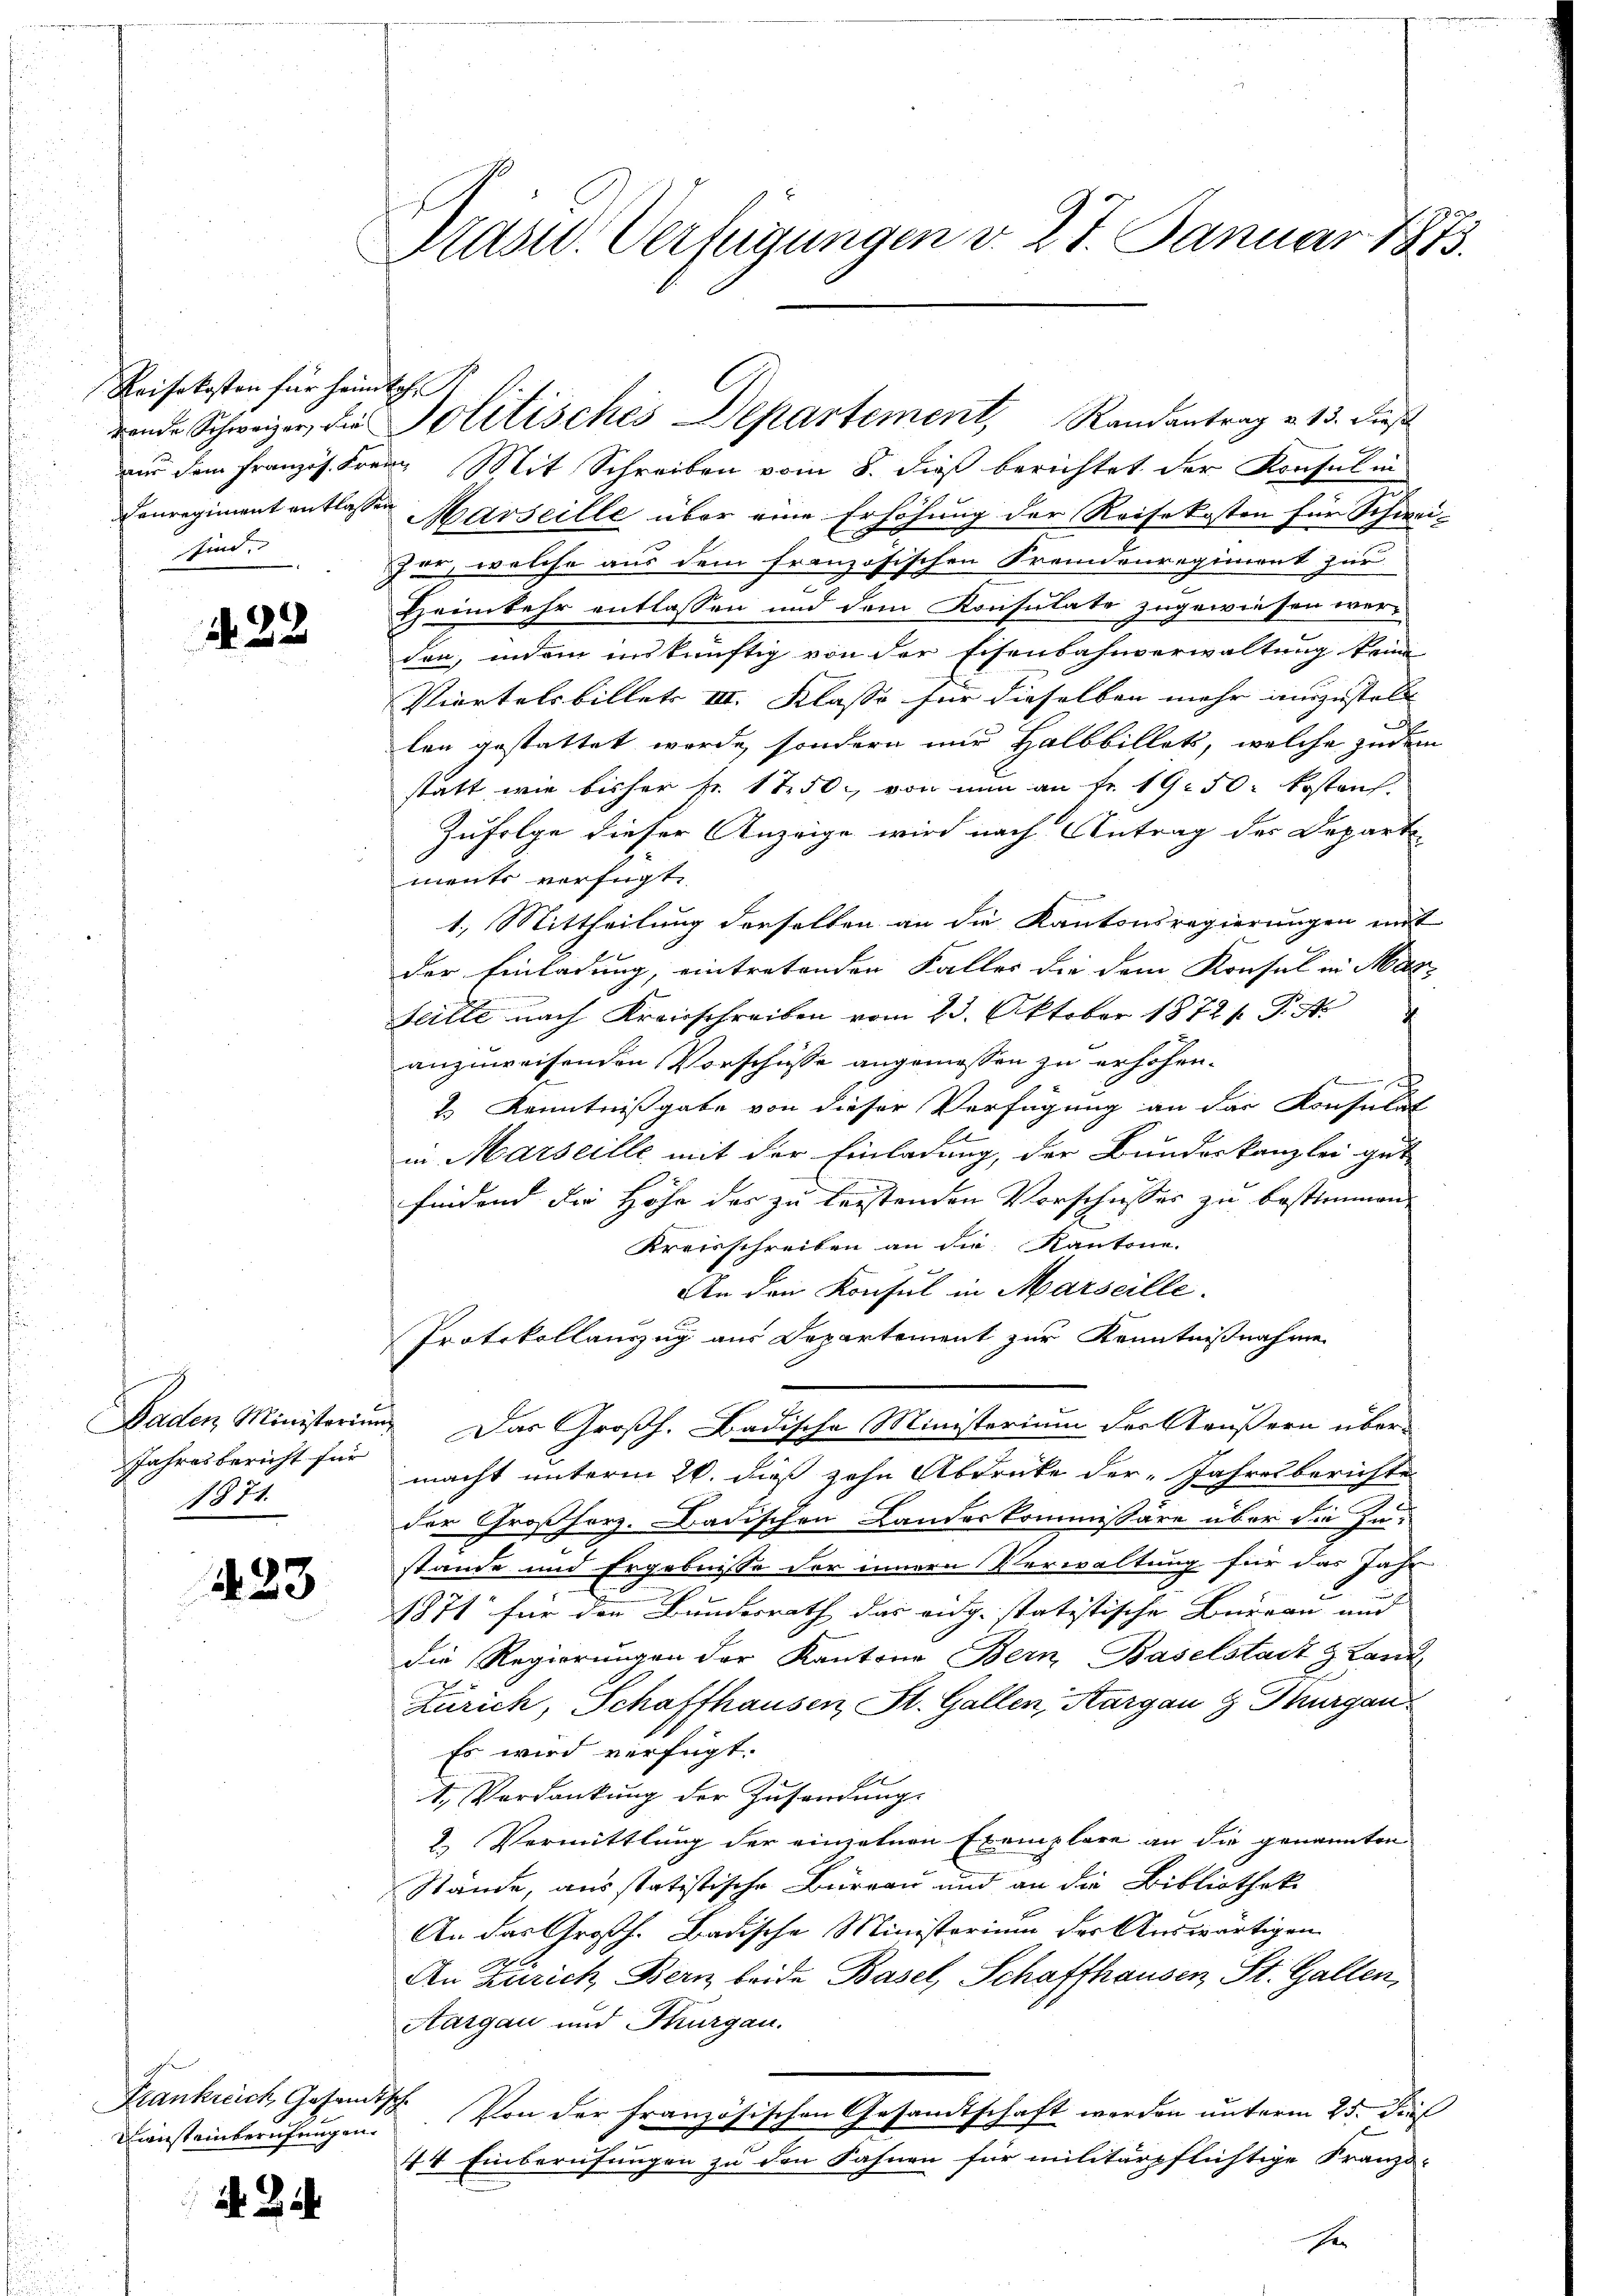
Reisekosten für heimtoh
sind.

432

Jahresbericht für
1871.

423

Frankreich, Gesandtsche

d. Bit

Pass. Verfügungen d. 27. Januar 1873.

aus dem Französ. Frei Mit Schreiben vom 8. dieß berichtet der Konsul in
Conregiment entlassen Marseille über eine Erhöhung der Reisekosten für Schwei¬
For, welche aus dem französischen Fremdenregiment zur
Heimkehr entlassen und dem Konsulate zugewiesen werden, indem inskünftig von der Eisenbahnverwaltung keine
Viertelsbillets III. Klasse für dieselben mehr auszustelle |
len gestattet werde, sondern nur Halbbillets, welche zudem
statt, wie bisher fr. 1750, von nun an Fr. 1950. kostenf
Zufolge dieser Anzeige wird nach Antrag der Departe
ments verfügt
1.) Mittheilung derselben an die Kantonsregierungen mit
der Einladung, eintretenden Faller die dem Konsul in Mar-
Seilte nach Kreisschreiben vom 23. Oktober 1872 / P. A.
anzuweisenden Vorschüsse angemessen zu erhöhen.
s
1 Kenntnißgabe von dieser Verfügung an der Konsulat
in Marseille mit der Einladung, der Bundeskanzlei gut
findend die Höhe der zu leistenden Vorschiesser zu bestimmen,
Kreisschreiben an die Kantone.
An den Konsul in Marseille.
Protokollauszug aus Departement zur Kenntnißnahme
Baden Ministerium Das Großh. Badische Ministerium der Aeußern übermacht unterm 26. dieß zehn Abdruke der „Jahresberichte
der Großherz. Badischen Landeskommissäre über die Instande und Ergebnisse der innern Verwaltung für das Jahr
1871 für den Bundesrath das eidg. statistische Bureau und |
die Regierungen der Kantone Bern Baselstadt & Land
Zürich, Schaffhausen, St. Gallen, Aargau & Thurgau
Es wird verfügt:
1. Verdankung der Zusendung.
2. Vermittlung der einzelnen Exemplare an die genannten
Stände, ausstatistische Büreau und an die Bibliotheke
An das Großh. Badische Ministerium der Auswärtigen
x
An Zürich Bern beide Basel, Schaffhausen, St. Gallen,
Aargau und Thurgau.
Diensteinberufungen. Von der französischen Gesandtschaft werden unterm 25. Dies
44 Einberufungen zu den Sahnen für militärpflichtige Franz-
e

rende Schweizer die Politisches Departement, Randantrag v. 13. dies